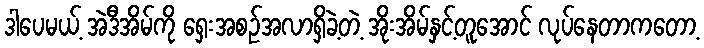
ဒါပေမယ့် အဲဒီအိမ်ကို ရှေးအစဉ်အလာရှိခဲ့တဲ့ အိုးအိမ်နှင့်တူအောင် လုပ်နေတာကတော့